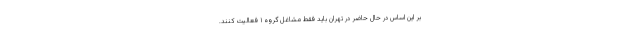
بر این اساس در حال حاضر در تهران باید فقط مشاغل گروه ۱ فعالیت کنند.